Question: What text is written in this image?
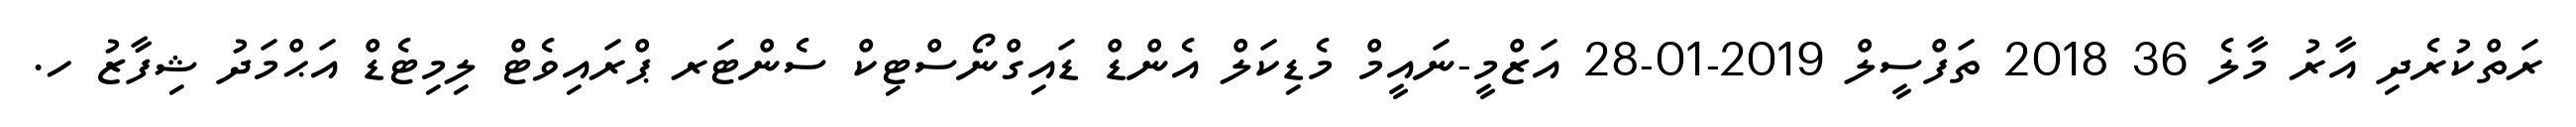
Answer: ރަތްކުރެދި އާރު މާލެ 36 2018 ތަފްސީލް 2019-01-28 އަޒްމީ-ނައީމް މެޑިކަލް އެންޑް ޑައިގްނޯސްޓިކް ސެންޓަރ ޕްރައިވެޓް ލިމިޓެޑް އަޙްމަދު ޝިފާޒު ހ.